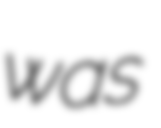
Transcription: was